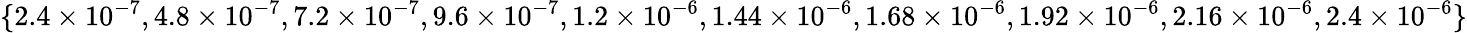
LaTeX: \{ 2.4\times 10^{-7},4.8\times 10^{-7},7.2\times 10^{-7},9.6\times 10^{-7},1.2\times 10^{-6},1.44\times 10^{-6},1.68\times 10^{-6},1.92\times 10^{-6},2.16\times 10^{-6},2.4\times 10^{-6}\}